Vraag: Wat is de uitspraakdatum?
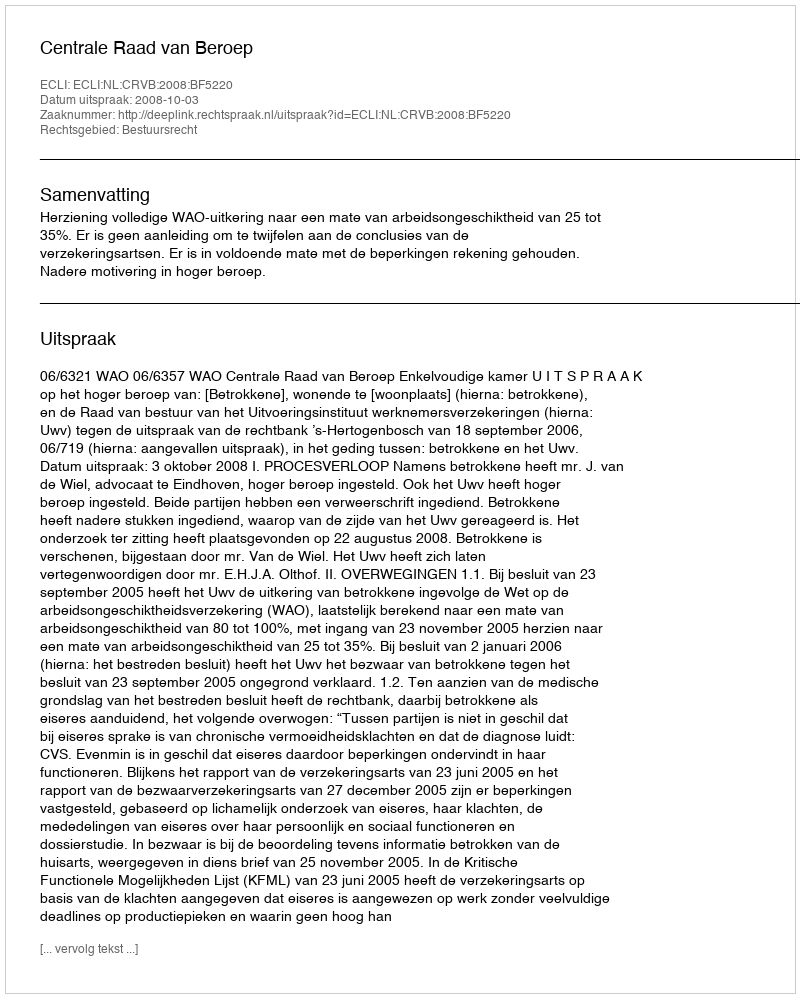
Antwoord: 2008-10-03